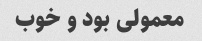
معمولی بود و خوب